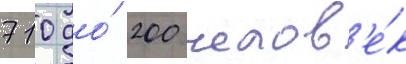
710 до́ 200 челов'е́к